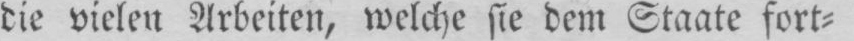
die vielen Arbeiten, welche sie dem Staate fort⸗